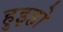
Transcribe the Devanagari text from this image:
हुइहो